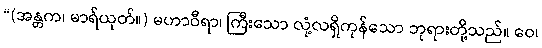
“(အန္တက၊ မာရ်ယုတ်။) မဟာဝီရာ၊ ကြီးသော လုံ့လရှိကုန်သော ဘုရားတို့သည်။ ဝေ၊